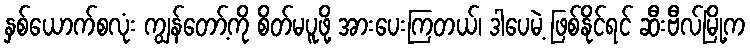
နှစ်ယောက်စလုံး ကျွန်တော့်ကို စိတ်မပူဖို့ အားပေးကြတယ်၊ ဒါပေမဲ့ ဖြစ်နိုင်ရင် ဆီးဗီလ်မြို့က